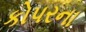
કોપરના